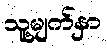
သူ့မျက်နှာ